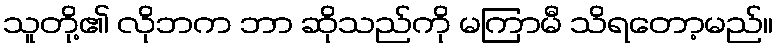
သူတို့၏ လိုဘက ဘာ ဆိုသည်ကို မကြာမီ သိရတော့မည်။